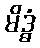
မိဒ္ဓံ